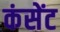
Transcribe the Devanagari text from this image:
कंसेंट